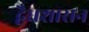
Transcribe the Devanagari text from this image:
द्वैधशासन